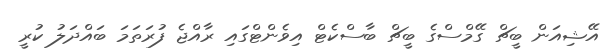
އޭޝިއަން ބީޗް ގޭމްސްގެ ބީޗް ބާސްކެޓް އިވެންޓްގައި ރާއްޖެ ފުރަތަމަ ބައްދަލު ކުރީ